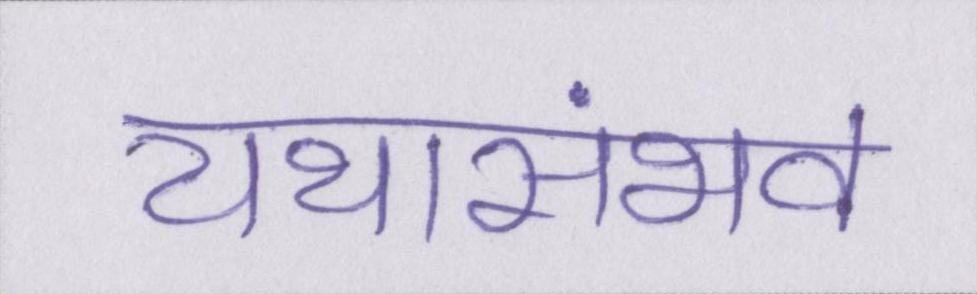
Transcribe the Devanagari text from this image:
यथासंभव